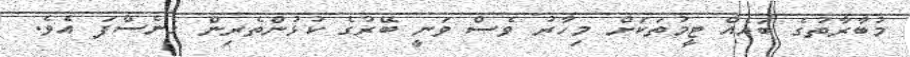
މުބާރާތުގެ ބައެއް ޓީމުތަކަށް މިހާރު ވެސް ވަނީ ބޭރުގެ ކުޅުންތެރިން ގެނެސްފަ އެވެ.